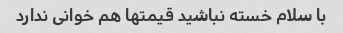
با سلام خسته نباشید قیمتها هم خوانی ندارد